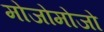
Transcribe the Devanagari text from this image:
मोजोमोजो